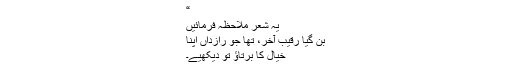
“
یہ شعر ملاحظہ فرمائیں
بن گیا رقیب آخر، تھا جو رازداں اپنا
خیال کا برتاﺅ تو دیکھیے۔